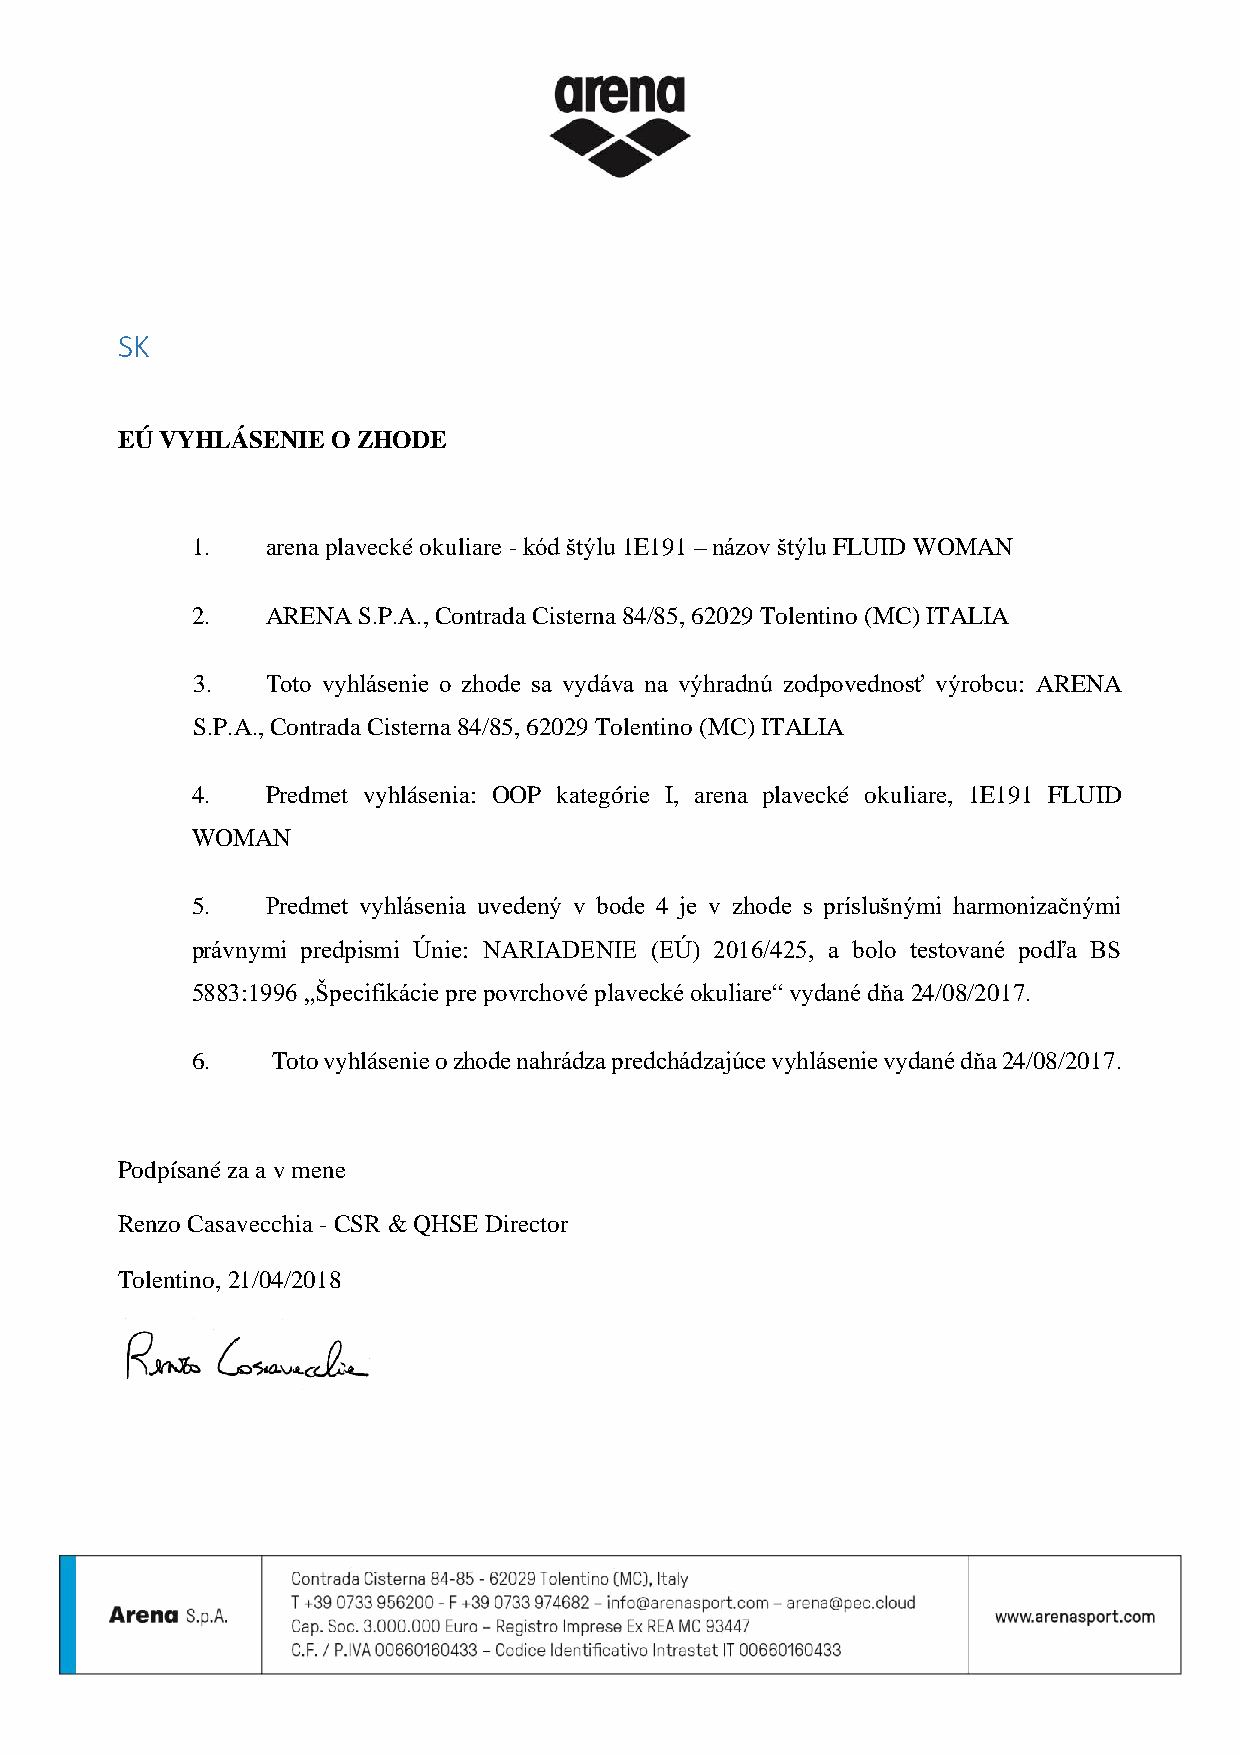
SK
 EÚ VYHLÁSENIE O ZHODE
 1.   arena plavecké okuliare - kód štýlu 1E191 – názov štýlu FLUID WOMAN
 2.   ARENA S.P.A., Contrada Cisterna 84/85, 62029 Tolentino (MC) ITALIA
 3.   Toto vyhlásenie o zhode sa vydáva na výhradnú zodpovednosť výrobcu: ARENA
 S.P.A., Contrada Cisterna 84/85, 62029 Tolentino (MC) ITALIA
 4.   Predmet vyhlásenia: OOP kategórie I, arena plavecké okuliare, 1E191 FLUID
 WOMAN
 5.   Predmet vyhlásenia uvedený v bode 4 je v zhode s príslušnými harmonizačnými
 právnymi predpismi Únie: NARIADENIE (EÚ) 2016/425, a bolo testované podľa BS
 5883:1996 „Špecifikácie pre povrchové plavecké okuliare“ vydané dňa 24/08/2017.
 6.   Toto vyhlásenie o zhode nahrádza predchádzajúce vyhlásenie vydané dňa 24/08/2017.
 Podpísané za a v mene
 Renzo Casavecchia - CSR & QHSE Director
 Tolentino, 21/04/2018